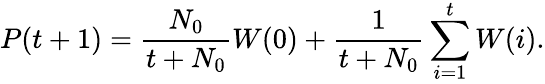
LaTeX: P(t+1)=\frac{N_{0}}{t+N_{0}}W(0)+\frac{1}{t+N_{0}}\sum_{i=1}^{t}W(i).